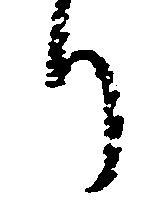
り